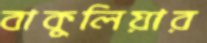
বাকুলিয়ার